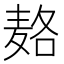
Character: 𱋓